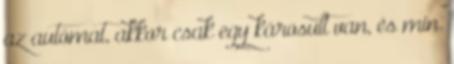
az autómat, akkor csak egy károsult van, és min.